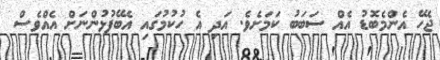
ޖެހޭ އެންމެބޮޑު އެއް ސަބަބު ކަމަށެވެ. އަދި އެ ހުކުމުގައި އެބޭފުޅުންނަށް އެއްވެސް